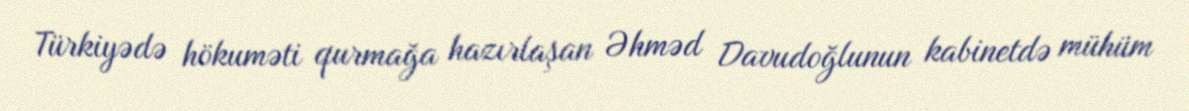
Türkiyədə hökuməti qurmağa hazırlaşan Əhməd Davudoğlunun kabinetdə mühüm